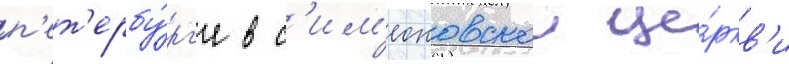
п'ет'ербу́рг'е в с'им'еоновскои це́ркв'и